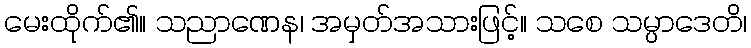
မေးထိုက်၏။ သညာဏေန၊ အမှတ်အသားဖြင့်။ သစေ သမ္ပာဒေတိ၊